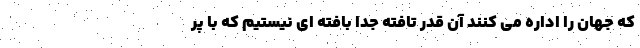
که جهان را اداره می کنند آن قدر تافته جدا بافته ای نیستیم که با پر